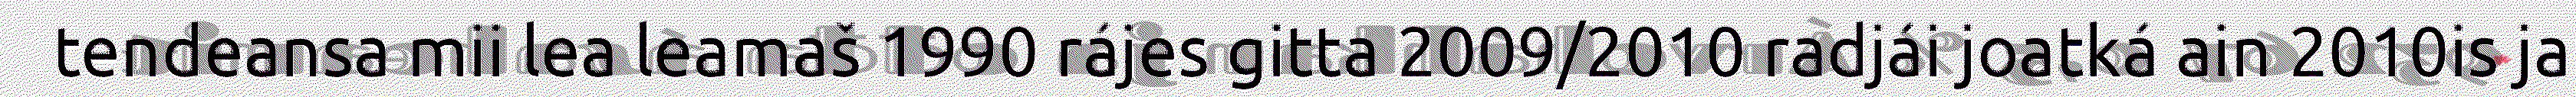
tendeansa mii lea leamaš 1990 rájes gitta 2009/2010 radjái joatká ain 2010is ja